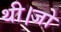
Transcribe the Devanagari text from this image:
थी।जो